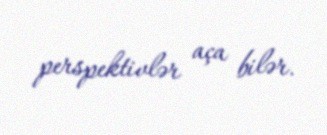
perspektivlər aça bilər.